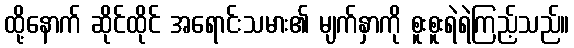
ထို့နောက် ဆိုင်ထိုင် အရောင်းသမား၏ မျက်နှာကို စူးစူးရဲရဲကြည့်သည်။